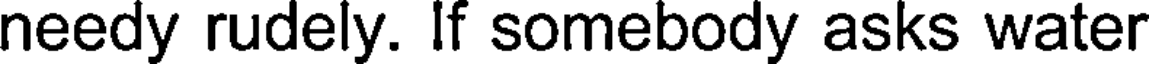
needy rudely. If somebody asks water